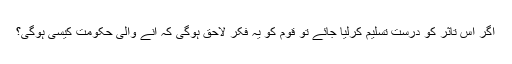
اگر اس تاثر کو درست تسلیم کرلیا جائے تو قوم کو یہ فکر لاحق ہوگی کہ آنے والی حکومت کیسی ہوگی؟